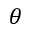
\theta